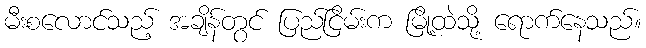
မီးစလောင်သည့် အချိန်တွင် ပြည်ငြိမ်းက မြို့ထဲသို့ ရောက်နေသည်။